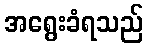
အရွေးခံရသည်